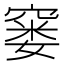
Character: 窭